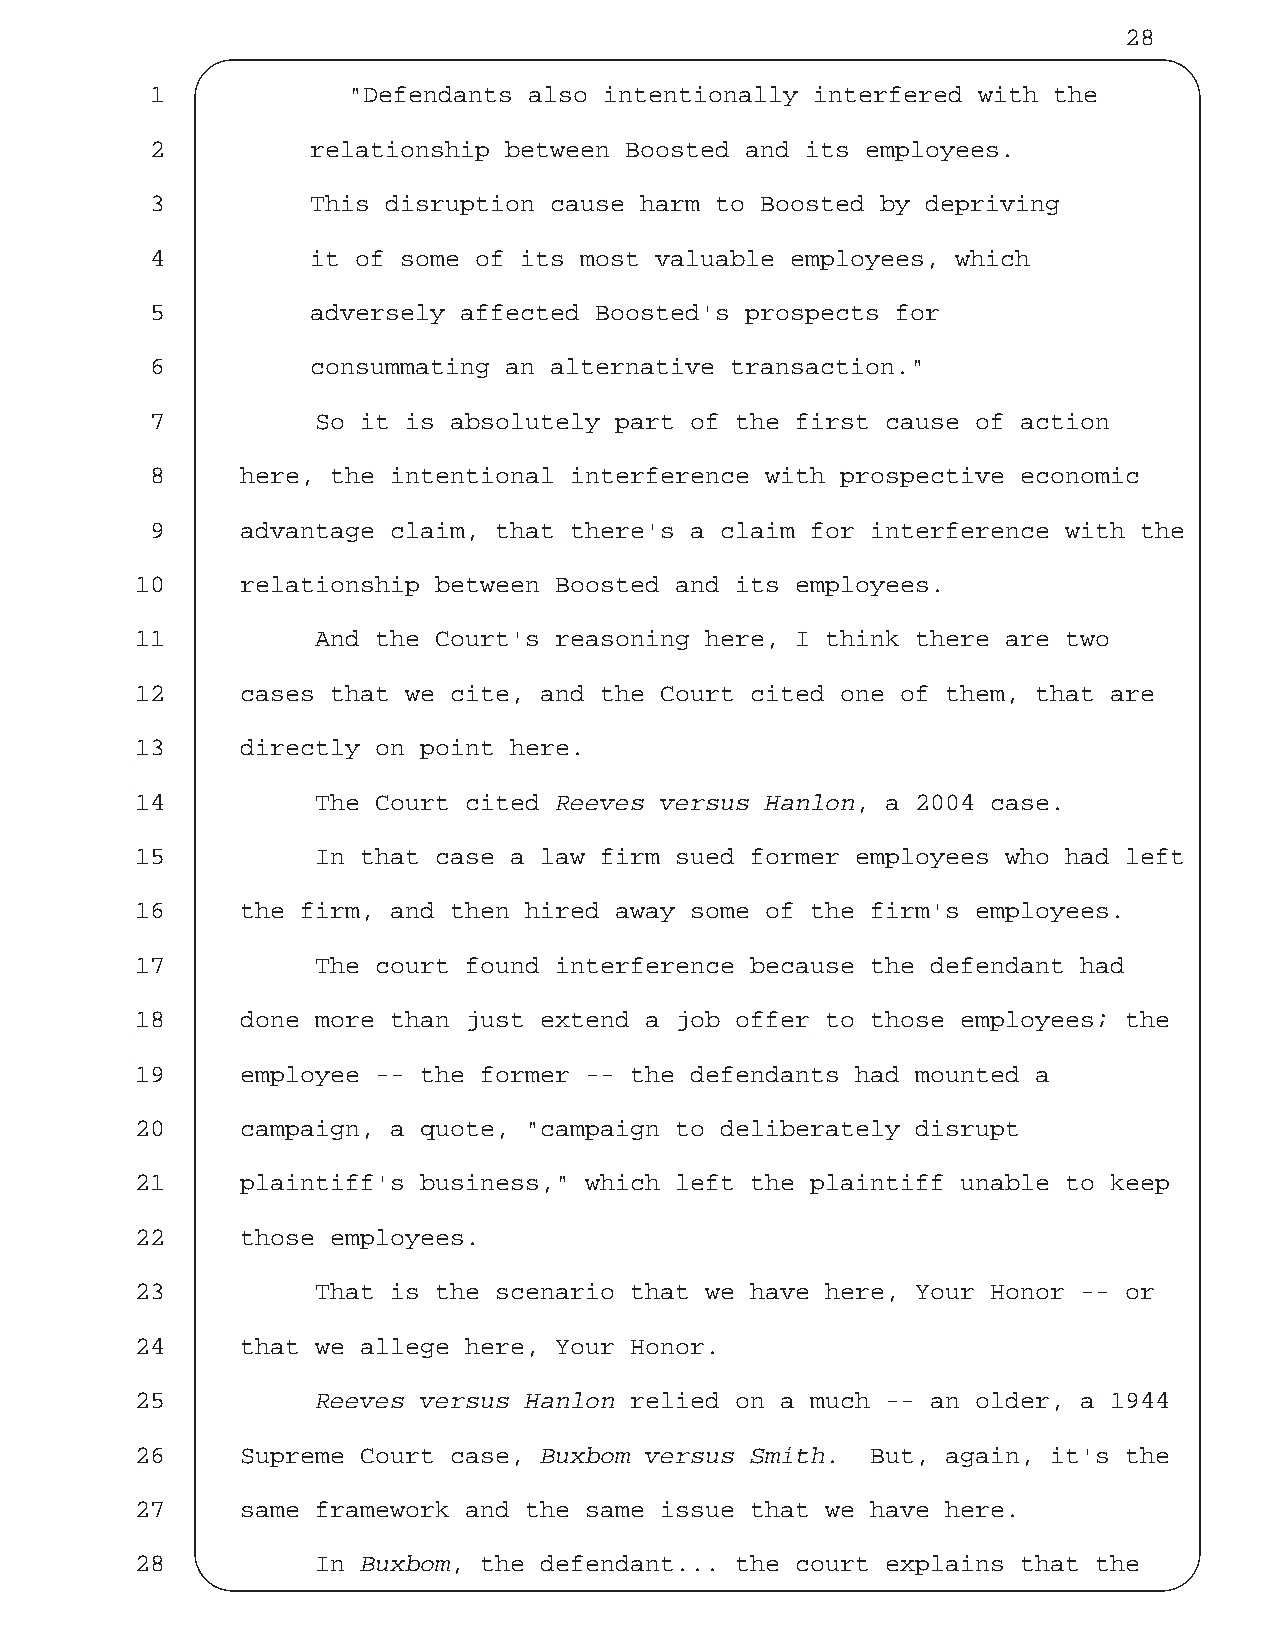
28
 1            "Defendants also intentionally interfered with the
 2          relationship between Boosted and its employees.
 3          This disruption cause harm to Boosted by depriving
 4          it of some of its most valuable employees, which
 5          adversely affected Boosted's prospects for
 6          consummating an alternative transaction."
 7          So it is absolutely part of the first cause of action
 8     here, the intentional interference with prospective economic
 9     advantage claim, that there's a claim for interference with the
 10     relationship between Boosted and its employees.
 11          And the Court's reasoning here, I think there are two
 12     cases that we cite, and the Court cited one of them, that are
 13     directly on point here.
 14          The Court cited Reeves versus Hanlon, a 2004 case.
 15          In that case a law firm sued former employees who had left
 16     the firm, and then hired away some of the firm's employees.
 17          The court found interference because the defendant had
 18     done more than just extend a job offer to those employees; the
 19     employee -- the former -- the defendants had mounted a
 20     campaign, a quote, "campaign to deliberately disrupt
 21     plaintiff's business," which left the plaintiff unable to keep
 22     those employees.
 23          That is the scenario that we have here, Your Honor -- or
 24     that we allege here, Your Honor.
 25          Reeves versus Hanlon relied on a much -- an older, a 1944
 26     Supreme Court case, Buxbom versus Smith.  But, again, it's the
 27     same framework and the same issue that we have here.
 28          In Buxbom, the defendant... the court explains that the